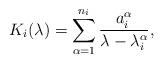
LaTeX: \begin{align*}K_{i}(\lambda)=\sum_{\alpha=1}^{n_{i}}\frac{a_{i}^{\alpha}}{\lambda - \lambda_{i}^{\alpha}},\end{align*}